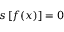
s \left[ f ( x ) \right] = 0